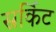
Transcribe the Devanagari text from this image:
स्रर्किट